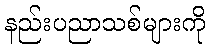
နည်းပညာသစ်များကို